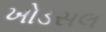
ખોડસલ